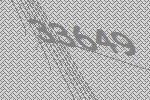
33649